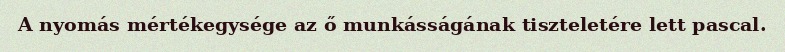
A nyomás mértékegysége az ő munkásságának tiszteletére lett pascal.